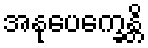
အနုပေက္ခေန္တိ